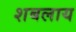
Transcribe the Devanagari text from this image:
शबलाय